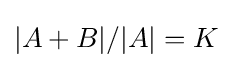
|A+B|/|A|=K